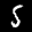
Label: 5